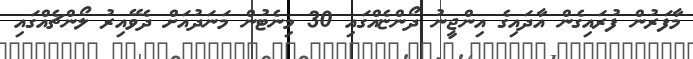
މާފަރުން ފުރައިގެން އާދައިގެ އިންޖީނު ދޯންޏެއްގައި 30 މިނެޓުން މަނަދުއަށް ދެވޭއިރު ލޯންޗެއްގައި